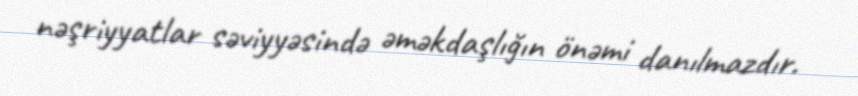
nəşriyyatlar səviyyəsində əməkdaşlığın önəmi danılmazdır.